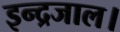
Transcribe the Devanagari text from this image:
इन्द्रजाल।